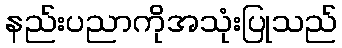
နည်းပညာကိုအသုံးပြုသည်